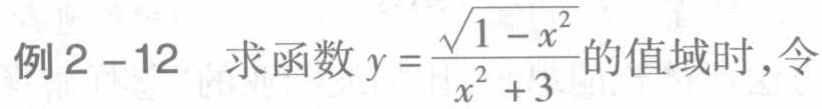
例2 - 12 求函数$y = \frac{\sqrt{1 - x^{2}}}{x^{2} + 3}$的值域时，令